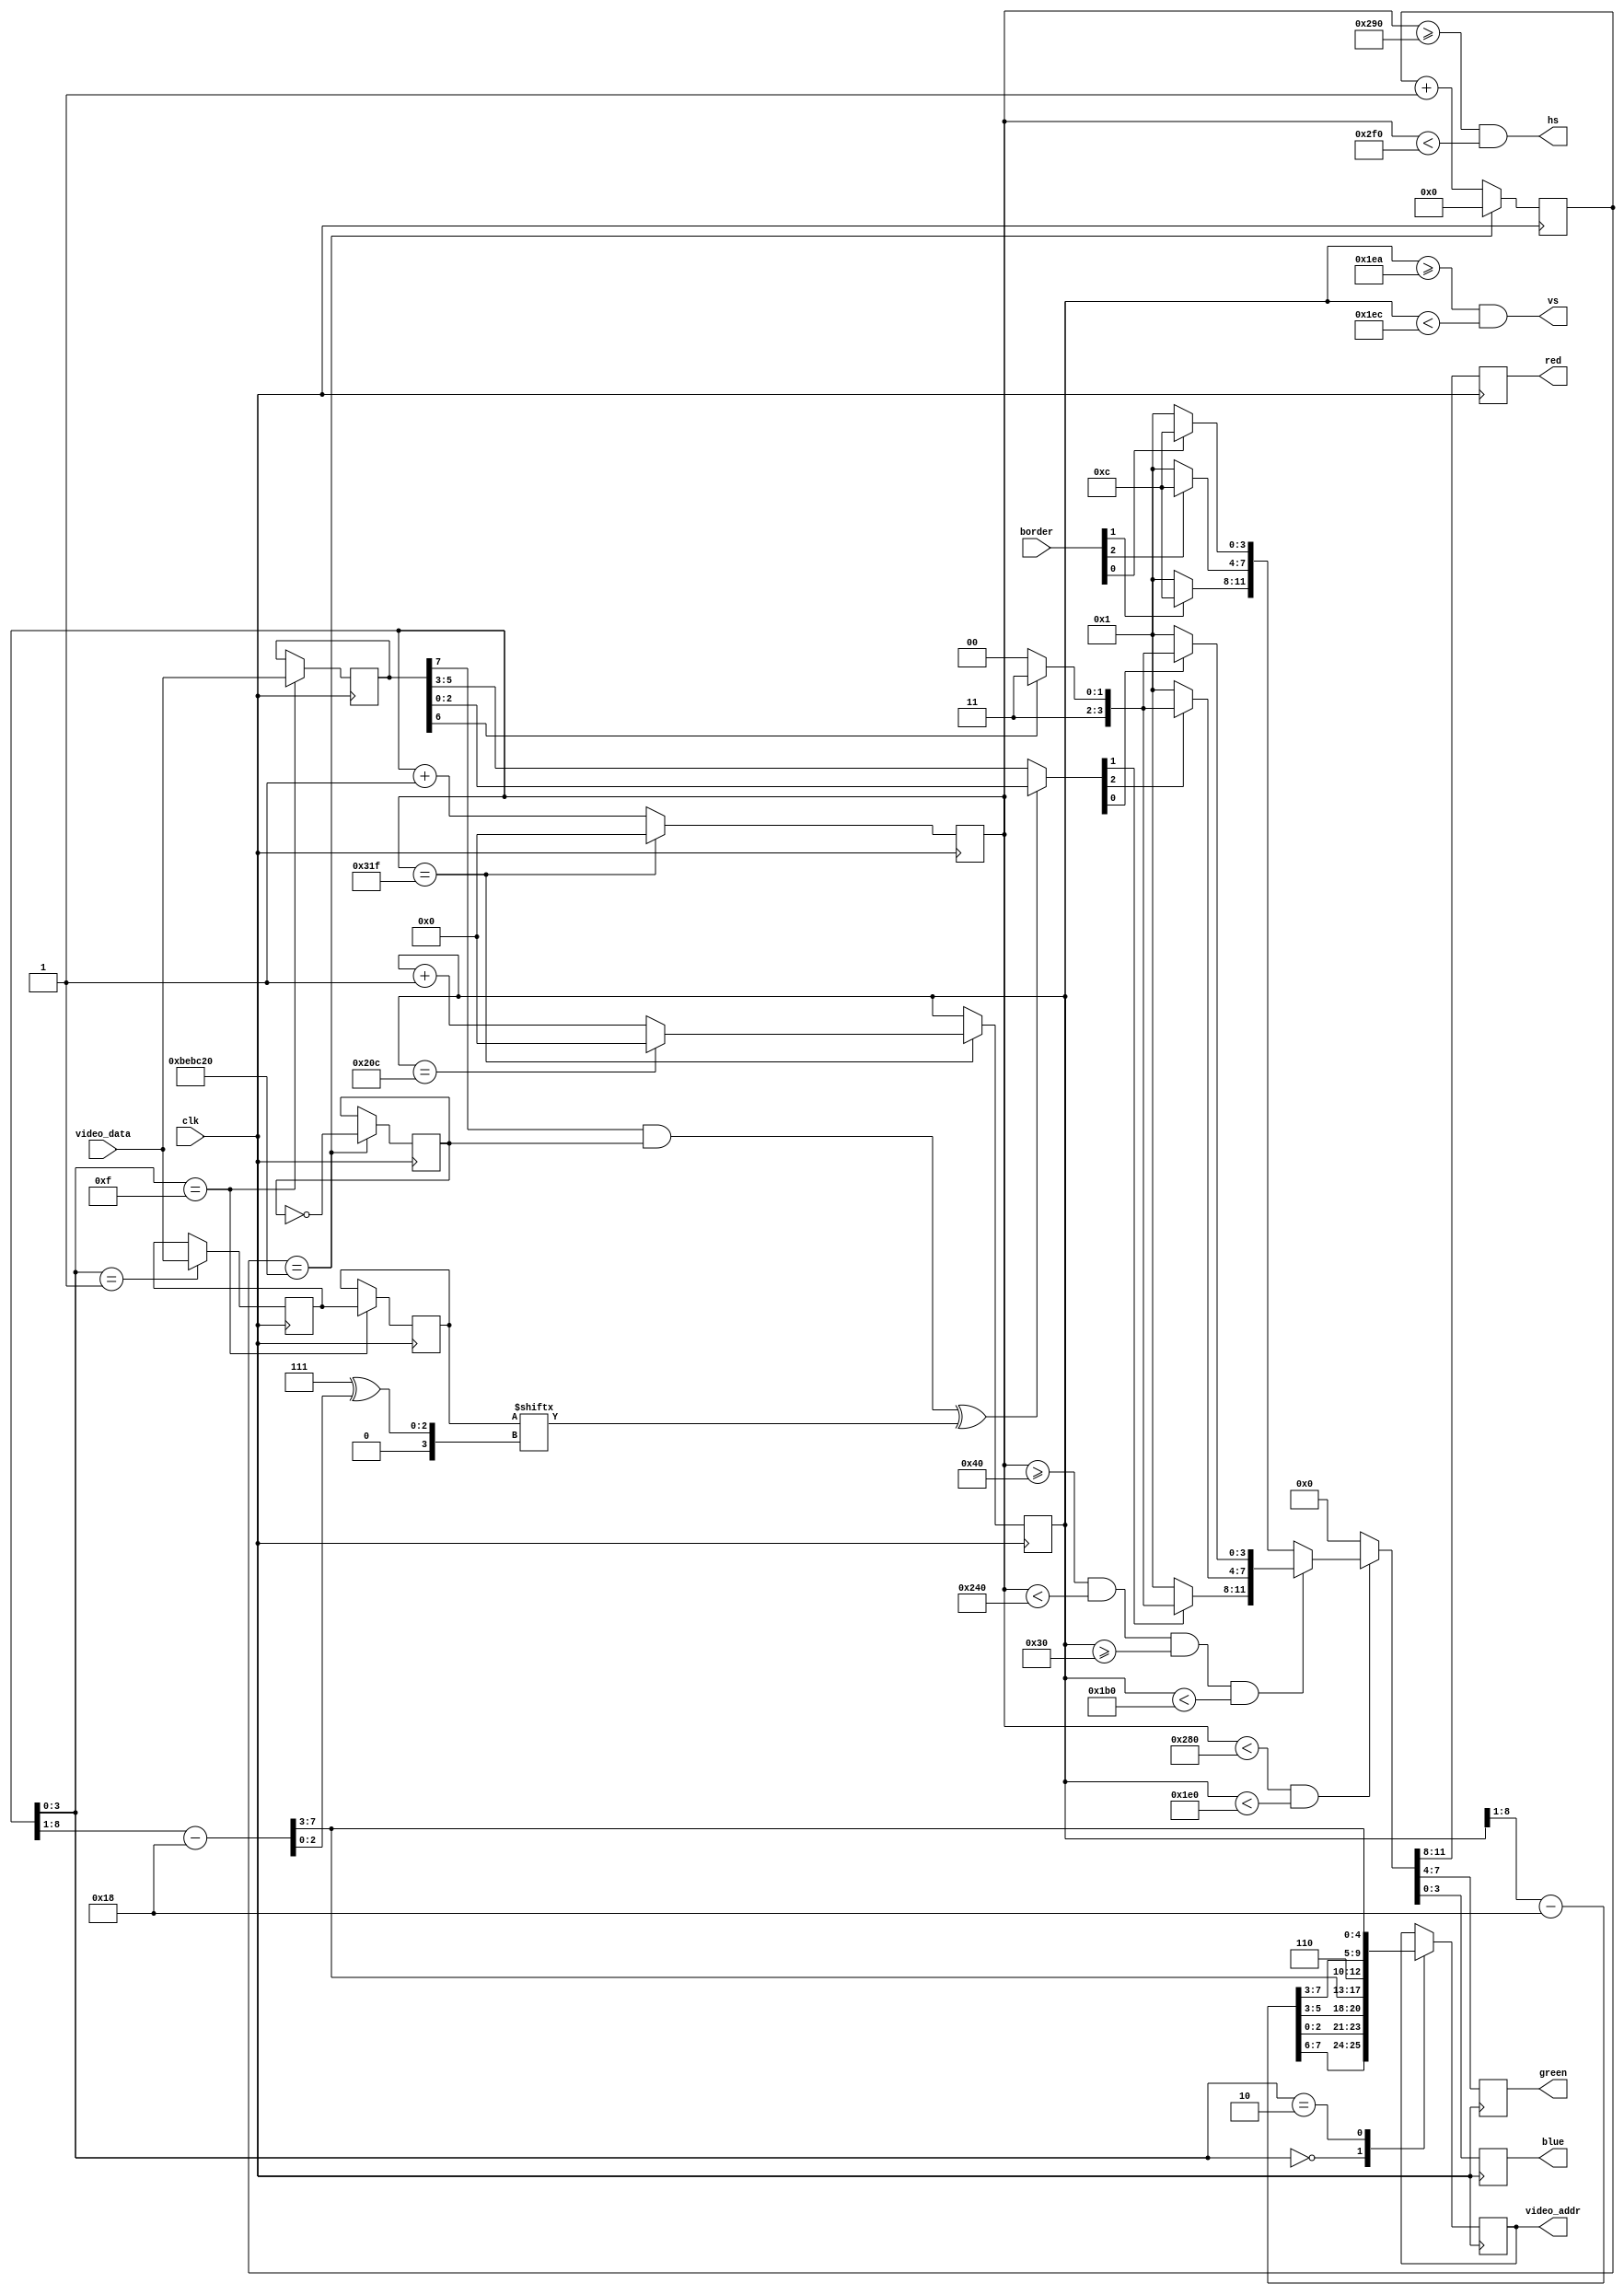
module z80vid(

    // 25 мегагерц
    input   wire        clk,

    // Выходные данные
    output  reg  [3:0]  red,        // 5 бит на красный (4,3,2,1,0)
    output  reg  [3:0]  green,      // 6 бит на зеленый (5,4,3,2,1,0)
    output  reg  [3:0]  blue,       // 5 бит на синий (4,3,2,1,0)
    output  wire        hs,         // синхросигнал горизонтальной развертки
    output  wire        vs,          // синхросигнал вертикальной развертки

    // Данные для вывода
    output  reg  [12:0] video_addr,
    input   wire [ 7:0] video_data,
    input   wire [ 2:0] border

);

// Тайминги для горизонтальной развертки (640)
parameter horiz_visible = 640;
parameter horiz_back    = 48;
parameter horiz_sync    = 96;
parameter horiz_front   = 16;
parameter horiz_whole   = 800;

// Тайминги для вертикальной развертки (400)
//                              // 400  480
parameter vert_visible = 480;   // 400  480
parameter vert_back    = 33;    // 35   33
parameter vert_sync    = 2;     // 2    2
parameter vert_front   = 10;    // 12   10
parameter vert_whole   = 525;   // 449  525

// 640 (видимая область) + 16 (задний порожек) + 96 (синхронизация) + 48 (задний порожек)
assign hs = x >= (horiz_visible + horiz_front) && x < (horiz_visible + horiz_front + horiz_sync);
assign vs = y >= (vert_visible  + vert_front)  && y < (vert_visible  + vert_front  + vert_sync);

// В этих регистрах мы будем хранить текущее положение луча на экране
reg [9:0] x = 1'b0; // 2^10 = 1024 точек возможно
reg [9:0] y = 1'b0;

reg [7:0] current_char;
reg [7:0] current_attr;
reg [7:0] tmp_current_char;

// Чтобы правильно начинались данные, нужно их выровнять
wire [7:0] X = x[9:1] - 24;
wire [7:0] Y = y[9:1] - 24;

// Получаем текущий бит
wire current_bit = current_char[ 7 ^ X[2:0] ];

// Если бит атрибута 7 = 1, то бит flash будет менять current_bit каждые 0.5 секунд
wire flashed_bit = (current_attr[7] & flash) ^ current_bit;

// Текущий цвет точки
// Если сейчас рисуется бит - то нарисовать цвет из атрибута (FrColor), иначе - BgColor
wire [2:0] src_color = flashed_bit ? current_attr[2:0] : current_attr[5:3];

// Вычисляем цвет. Если бит 3=1, то цвет яркий, иначе обычного оттенка (половинной яркости)
wire [11:0] color = {

// Если current_attr[6] = 1, то переходим в повышенную яркость (в 2 раза)
/* Красный цвет - это бит 1 */ src_color[1] ? (current_attr[6] ? 4'hF : 4'hC) : 4'h01,
/* Зеленый цвет - это бит 2 */ src_color[2] ? (current_attr[6] ? 4'hF : 4'hC) : 4'h01,
/* Синий цвет   - это бит 0 */ src_color[0] ? (current_attr[6] ? 4'hF : 4'hC) : 4'h01

};

// Регистр border(3 бита) будет задаваться извне, например записью в порты какие-нибудь
wire [11:0] bgcolor = {
    border[1] ? 4'hC : 4'h1,
    border[2] ? 4'hC : 4'h1,
    border[0] ? 4'hC : 4'h1
};

reg        flash;
reg [23:0] timer;

always @(posedge clk) begin

    if (timer == 12500000) begin /* полсекунды */
        timer <= 1'b0;
        flash <= flash ^ 1'b1; // мигать каждые 0.5 секунд
    end else begin
        timer <= timer + 1'b1;
    end

end

// Когда бит 1 переходит из состояния 0 в состояние 1, это значит, что
// будет осциллироваться на частоте 25 мгц (в 4 раза медленее, чем 100 мгц)
always @(posedge clk) begin

    x <= x == (horiz_whole - 1) ? 1'b0 : (x + 1'b1);
    if (x == (horiz_whole - 1)) begin
        y <= y == (vert_whole - 1) ? 1'b0 : (y + 1'b1);
    end

    case (x[3:0])

                               // БанкY  СмещениеY ПолубанкY СмещениеX
        4'b0000: video_addr <= { Y[7:6], Y[2:0],   Y[5:3],   X[7:3] };

        // Запись временного значения, чтобы на 16-м такте его обновить
        4'b0001: tmp_current_char <= video_data;

        // Запрос атрибута по x=0..31, y=0..23
        // [110] [yyyyy] [xxxxx]
        4'b0010: video_addr <= { 3'b110, Y[7:3], X[7:3] };

        // Подготовка к выводу символа
        4'b1111: begin

            // Записать в текущий регистр выбранную "маску" битов
            current_char <= tmp_current_char;

            // И атрибутов
            // Атрибут в спектруме представляет собой битовую маску
            //  7     6      5 4 3    2 1 0
            // [Flash Bright BgColor  FrColor]

            // Flash   - мерцание
            // Bright  - яркость
            // BgColor - цвет фона
            // FrColor - цвет пикселей

            current_attr <= video_data;

        end

    endcase

    // Мы находимся в видимой области рисования
    if (x < horiz_visible && y < vert_visible) begin

        if (x >= 64 && x < (64 + 512) && y >= 48 && y < (48 + 384)) begin
            {red, green, blue} <= color;        
        end else begin
            {red, green, blue} <= bgcolor;
        end

    // В невидимой области мы ДОЛЖНЫ очищать в черный цвет
    // иначе видеоадаптер работать будет неправильно
    end else {red, green, blue} <= 12'h000;

end

endmodule